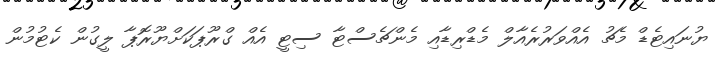
ޔުނައިޓެޑް މެޗު އެއްވަރުރެއާލް މެޑްރިޑާއި މެންޗެސްޓާ ސިޓީ އެއް ގްރޫޕަކަށްޔޫރޮޕާ ލީގުން ކެޓުމުން